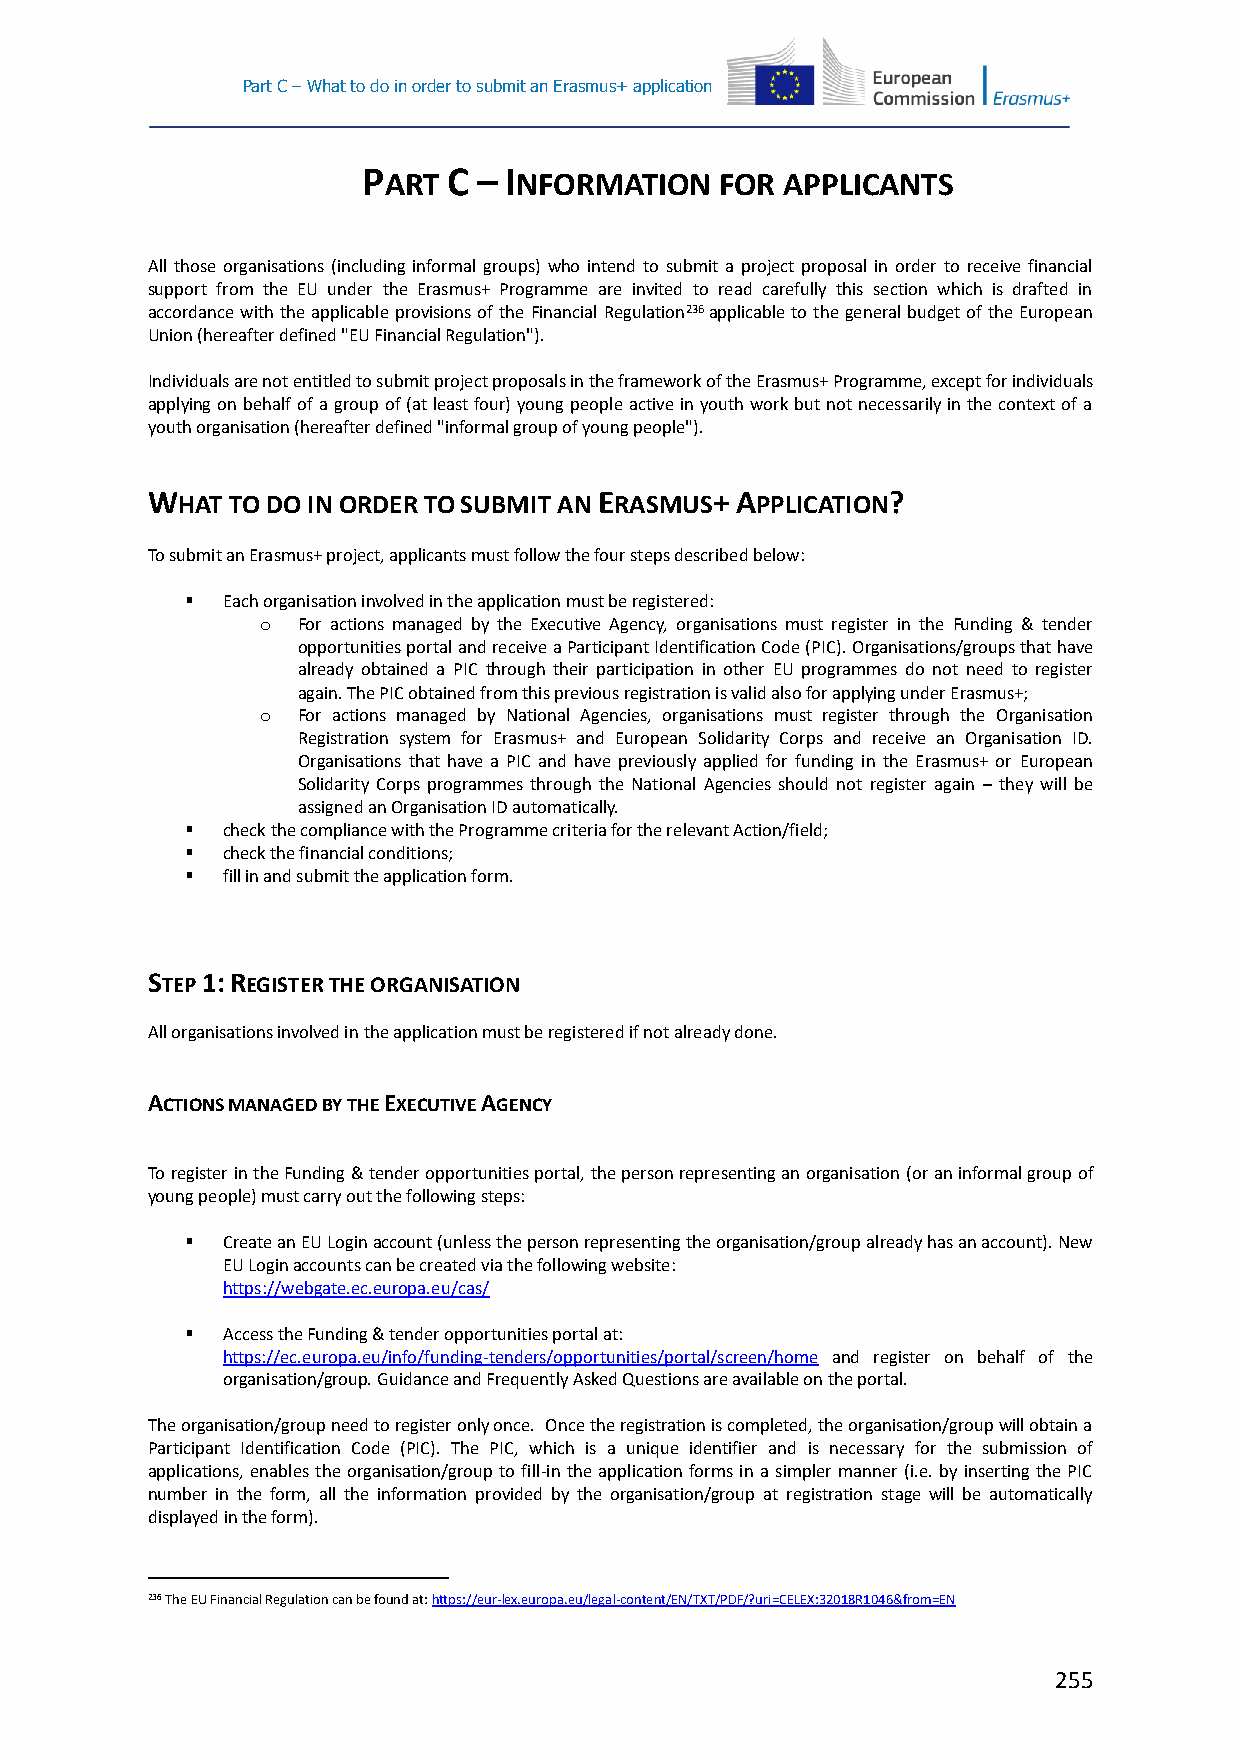
Part C – What to do in order to submit an Erasmus+ application
 P     C – I
 ART      NFORMATION    FOR APPLICANTS
 All those organisations (including informal groups) who intend to submit a project proposal in order to receive financial
 support from the EU under the Erasmus+ Programme are invited to read carefully this section which is drafted in
 accordance with the applicable provisions of the Financial Regulation236 applicable to the general budget of the European
 Union (hereafter defined "EU Financial Regulation").
 Individuals are not entitled to submit project proposals in the framework of the Erasmus+ Programme, except for individuals
 applying on behalf of a group of (at least four) young people active in youth work but not necessarily in the context of a
 youth organisation (hereafter defined "informal group of young people").
 WHAT TO DO IN ORDER TO SUBMIT AN ERASMUS+ APPLICATION?
 To submit an Erasmus+ project, applicants must follow the four steps described below:
   Each organisation involved in the application must be registered:
 o  For actions managed by the Executive Agency, organisations must register in the Funding & tender
 opportunities portal and receive a Participant Identification Code (PIC). Organisations/groups that have
 already obtained a PIC through their participation in other EU programmes do not need to register
 again. The PIC obtained from this previous registration is valid also for applying under Erasmus+;
 o  For actions managed by National Agencies, organisations must register through the Organisation
 Registration system for Erasmus+ and European Solidarity Corps and receive an Organisation ID.
 Organisations that have a PIC and have previously applied for funding in the Erasmus+ or European
 Solidarity Corps programmes through the National Agencies should not register again – they will be
 assigned an Organisation ID automatically.
   check the compliance with the Programme criteria for the relevant Action/field;
   check the financial conditions;
   fill in and submit the application form.
 STEP 1: REGISTER THE ORGANISATION
 All organisations involved in the application must be registered if not already done.
 ACTIONS MANAGED BY THE EXECUTIVE AGENCY
 To register in the Funding & tender opportunities portal, the person representing an organisation (or an informal group of
 young people) must carry out the following steps:
   Create an EU Login account (unless the person representing the organisation/group already has an account). New
 EU Login accounts can be created via the following website:
 https://webgate.ec.europa.eu/cas/
   Access the Funding & tender opportunities portal at:
 https://ec.europa.eu/info/funding-tenders/opportunities/portal/screen/home and register on behalf of the
 organisation/group. Guidance and Frequently Asked Questions are available on the portal.
 The organisation/group need to register only once. Once the registration is completed, the organisation/group will obtain a
 Participant Identification Code (PIC). The PIC, which is a unique identifier and is necessary for the submission of
 applications, enables the organisation/group to fill-in the application forms in a simpler manner (i.e. by inserting the PIC
 number in the form, all the information provided by the organisation/group at registration stage will be automatically
 displayed in the form).
 236 The EU Financial Regulation can be found at: https://eur-lex.europa.eu/legal-content/EN/TXT/PDF/?uri=CELEX:32018R1046&from=EN
 255